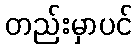
တည်းမှာပင်